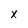
Character: X